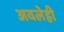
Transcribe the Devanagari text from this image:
अवलेही